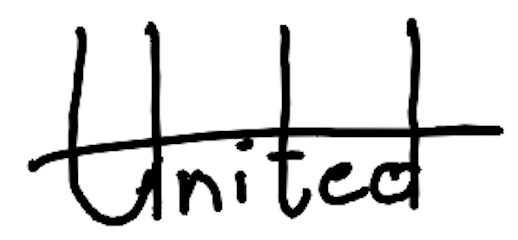
Text: United
Cross-out: single-line
Writing tool: digital_black